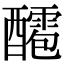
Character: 𨣙